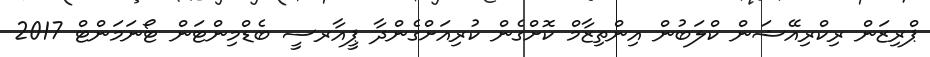
ޕްރިޒަން ރިކްރިއޭޝަން ކްލަބުން އިންތިޒާމް ކޮށްގެން ކުރިއަށްގެންދާ ޕީއާރސީ ބެޑްމިންޓަން ޓޯނަމަންޓް 2017